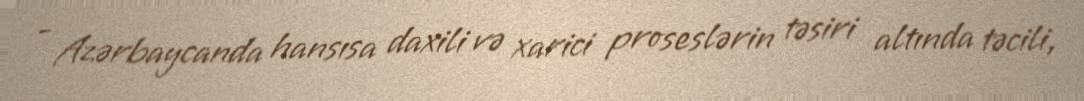
- Azərbaycanda hansısa daxili və xarici proseslərin təsiri altında təcili,